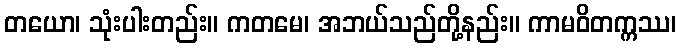
တယော၊ သုံးပါးတည်း။ ကတမေ၊ အဘယ်သည်တို့နည်း။ ကာမဝိတက္ကဿ၊